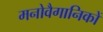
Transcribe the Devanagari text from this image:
मनोवैगानिकों